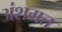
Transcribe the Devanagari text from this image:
अंशगत